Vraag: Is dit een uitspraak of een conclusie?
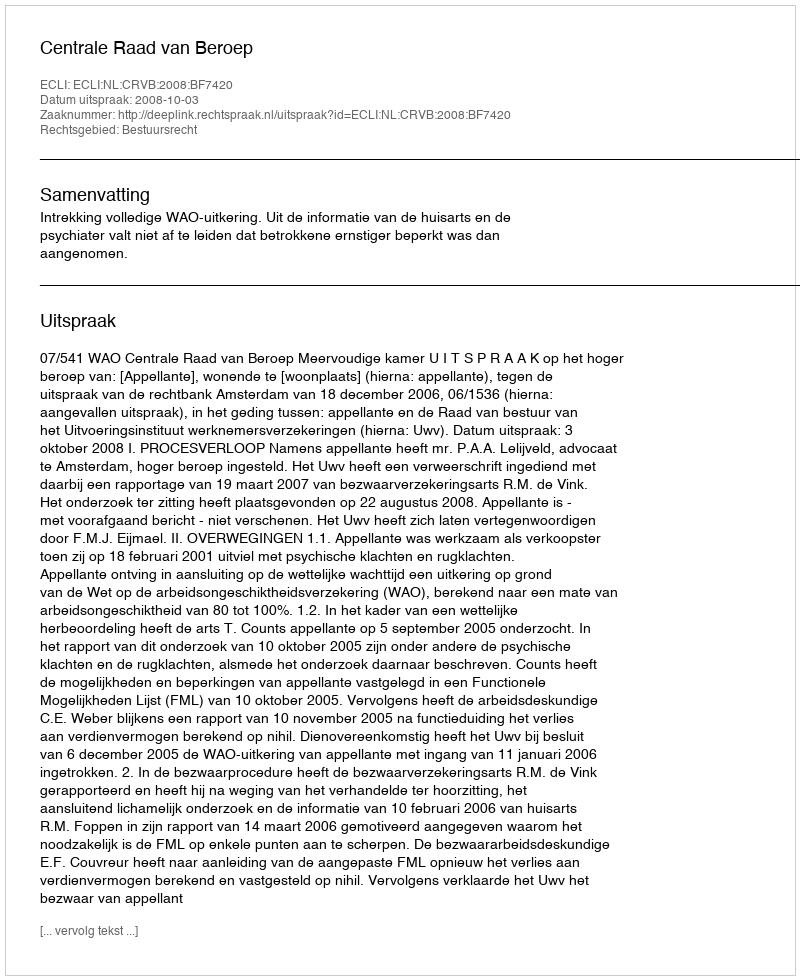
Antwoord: Uitspraak